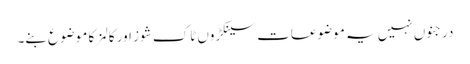
درجنوں نہیں یہ موضوعات سینکڑوں ٹاک شوز اور کالمز کا موضوع بنے۔